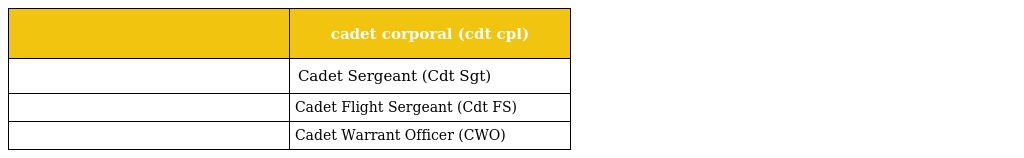
|  | cadet corporal (cdt cpl) |
 | --- | --- |
 |  | Cadet Sergeant (Cdt Sgt) |
 |  | Cadet Flight Sergeant (Cdt FS) |
 |  | Cadet Warrant Officer (CWO) |